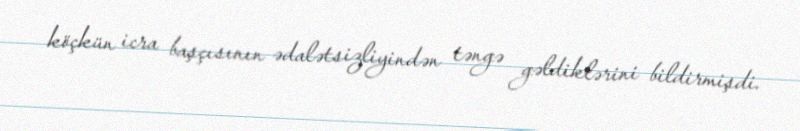
köçkün icra başçısının ədalətsizliyindən təngə gəldiklərini bildirmişdi.